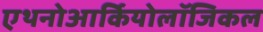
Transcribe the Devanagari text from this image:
एथनोआर्कियोलॉजिकल